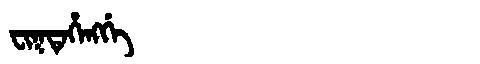
Manchu: ᠸᡳᡴᡨᡝᡥᡝᠩᡤᡝ
Romanization: FIKTEHENGGE